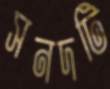
সনদটি